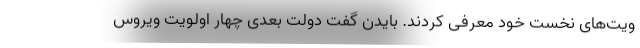
ویت‌های نخست خود معرفی کردند. بایدن گفت دولت بعدی چهار اولویت ویروس